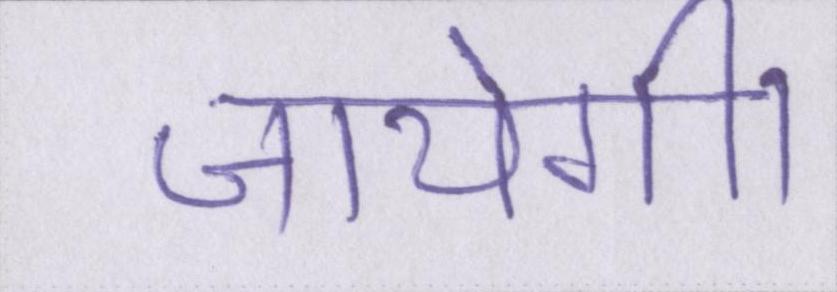
जायेगी।